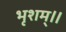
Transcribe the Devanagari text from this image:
भृशम्॥